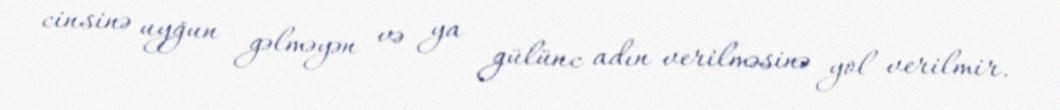
cinsinə uyğun gəlməyən və ya gülünc adın verilməsinə yol verilmir.